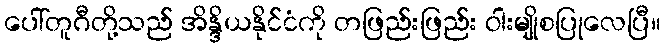
ပေါ်တူဂီတို့သည် အိန္ဒိယနိုင်ငံကို တဖြည်းဖြည်း ဝါးမျိုစပြုလေပြီ။